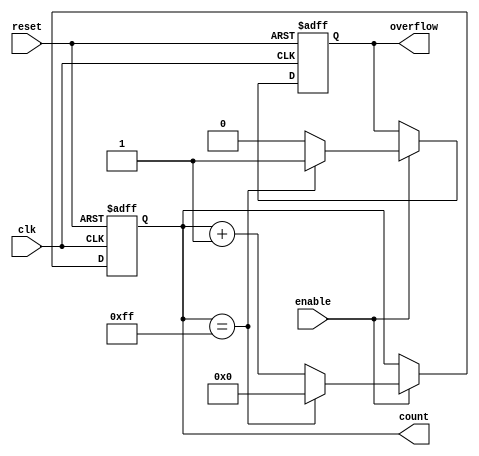
module windowed_counter #(
    parameter WINDOW_SIZE = 8, // Configurable window size
    parameter INITIAL_VALUE = 0, // Initial count value
    parameter COUNT_UP = 1 // Direction: 1 for up, 0 for down
)(
    input wire clk,           // Clock input
    input wire reset,         // Asynchronous reset input
    input wire enable,        // Enable signal
    output reg [WINDOW_SIZE-1:0] count, // Current count output
    output reg overflow       // Overflow signal
);

    // Calculate maximum count value based on window size
    localparam MAX_COUNT = (1 << WINDOW_SIZE) - 1;

    // Synchronous logic for counting
    always @(posedge clk or posedge reset) begin
        if (reset) begin
            count <= INITIAL_VALUE; // Reset to initial value on reset
            overflow <= 0; // Clear overflow signal
        end else if (enable) begin
            if (COUNT_UP) begin
                if (count == MAX_COUNT) begin
                    count <= 0; // Wrap around
                    overflow <= 1; // Set overflow signal
                end else begin
                    count <= count + 1; // Increment count
                    overflow <= 0; // Clear overflow signal
                end
            end else begin
                if (count == 0) begin
                    count <= MAX_COUNT; // Wrap around
                    overflow <= 1; // Set overflow signal
                end else begin
                    count <= count - 1; // Decrement count
                    overflow <= 0; // Clear overflow signal
                end
            end
        end
    end

endmodule